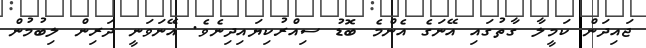
ޖައިދަން ކަމީލާ ގާތުގައި އޭނަގެ އެންމެ ބޮޑު ސިއްރުކިޔައިދިނެވެ. އޭނަވަނީ ދަރިން ލިބުމުން